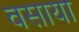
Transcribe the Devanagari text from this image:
वसाया